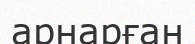
арнарған